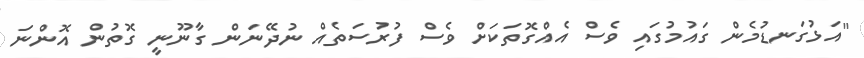
"އަޅުގަނޑުމެން ގައުމުގައި ވެސް އެއްގޮތަކަށް ވެސް ފުރުސަތެއް ނުދޭނަން ގާނޫނީ ގޮތުން އޮންނަ